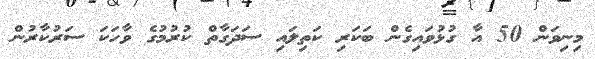
މިނިވަން 50 އާ ގުޅުވައިގެން ބަކަރި ކަތިލައި ސަދަގާތް ކުރުމުގެ ވާހަކަ ސަރުކާރުން